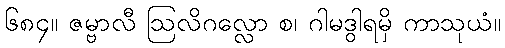
၆၈၄။ ဇမ္ဗာလီ ဩလိဂလ္လော စ၊ ဂါမဒွါရမှိ ကာသုယံ။